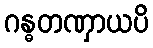
ဂန္ဓတဏှာယပိ